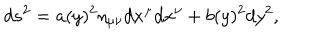
LaTeX: d s ^ { 2 } = a ( y ) ^ { 2 } \eta _ { \mu \nu } d x ^ { \mu } d x ^ { \nu } + b ( y ) ^ { 2 } d y ^ { 2 } ,